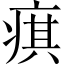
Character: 𤷍